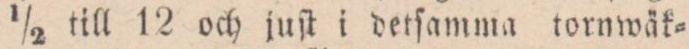
½ till 12 och juſt i detſamma tornwäk=